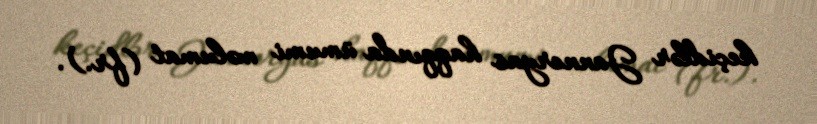
keçidlər Janneryas haqqında ümumi məlumat (fr.).